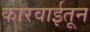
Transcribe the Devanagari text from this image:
कारवाईतून